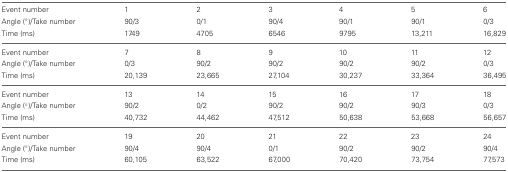
<table><thead><tr><td><b>Event number</b></td><td><b>1</b></td><td><b>2</b></td><td><b>3</b></td><td><b>4</b></td><td><b>5</b></td><td><b>6</b></td></tr><tr><td><b>Angle (°)/Take number</b></td><td><b>90/3</b></td><td><b>0/1</b></td><td><b>90/4</b></td><td><b>90/1</b></td><td><b>90/1</b></td><td><b>0/3</b></td></tr><tr><td><b>Time (ms)</b></td><td><b>1749</b></td><td><b>4705</b></td><td><b>6546</b></td><td><b>9795</b></td><td><b>13,211</b></td><td><b>16,829</b></td></tr></thead><tbody><tr><td>Event number</td><td>7</td><td>8</td><td>9</td><td>10</td><td>11</td><td>12</td></tr><tr><td>Angle (°)/Take number</td><td>0/3</td><td>90/2</td><td>90/2</td><td>90/2</td><td>90/2</td><td>0/3</td></tr><tr><td>Time (ms)</td><td>20,139</td><td>23,665</td><td>27,104</td><td>30,237</td><td>33,364</td><td>36,495</td></tr><tr><td>Event number</td><td>13</td><td>14</td><td>15</td><td>16</td><td>17</td><td>18</td></tr><tr><td>Angle (°)/Take number</td><td>90/2</td><td>0/2</td><td>90/2</td><td>90/2</td><td>90/3</td><td>0/3</td></tr><tr><td>Time (ms)</td><td>40,732</td><td>44,462</td><td>47,512</td><td>50,638</td><td>53,668</td><td>56,657</td></tr><tr><td>Event number</td><td>19</td><td>20</td><td>21</td><td>22</td><td>23</td><td>24</td></tr><tr><td>Angle (°)/Take number</td><td>90/4</td><td>90/4</td><td>0/1</td><td>90/2</td><td>90/2</td><td>90/4</td></tr><tr><td>Time (ms)</td><td>60,105</td><td>63,522</td><td>67,000</td><td>70,420</td><td>73,754</td><td>77,573</td></tr></tbody></table>